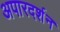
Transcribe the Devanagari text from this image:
अपारदर्शन